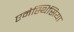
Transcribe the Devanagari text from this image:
एनेस्थिसिया